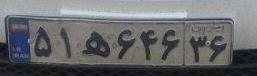
۵۱ه۶۴۶۳۶